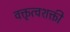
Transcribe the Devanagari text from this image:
वक्तृत्वशक्ती